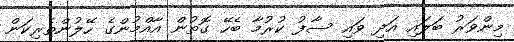
މިންވަރު ބަލައި އަދި ވައި ސާފު ކުރުމާ ބެހޭ ގޮތުން އާއްމުންގެ ހޭލުންތެރިކަން